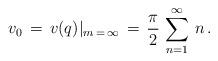
LaTeX: \begin{align*}v_0\,=\,v(q)\vert_{m\,=\,\infty}\,=\,\frac{\pi}{2}\,\sum_{n=1}^{\infty}\,n\,{.}\end{align*}